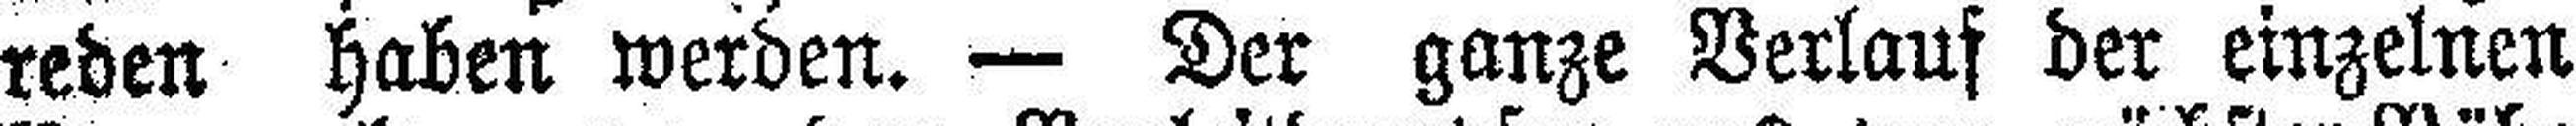
reden haben werden. — Der ganze Verlauf der einzelnen